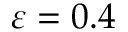
\varepsilon = 0 . 4